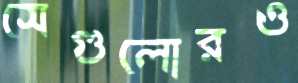
সেগুলোরও